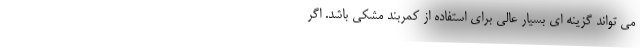
می تواند گزینه ای بسیار عالی برای استفاده از کمربند مشکی باشد. اگر